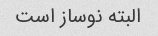
البته نوساز است